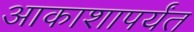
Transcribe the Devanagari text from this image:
आकाशापर्यंत